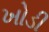
ખોડી